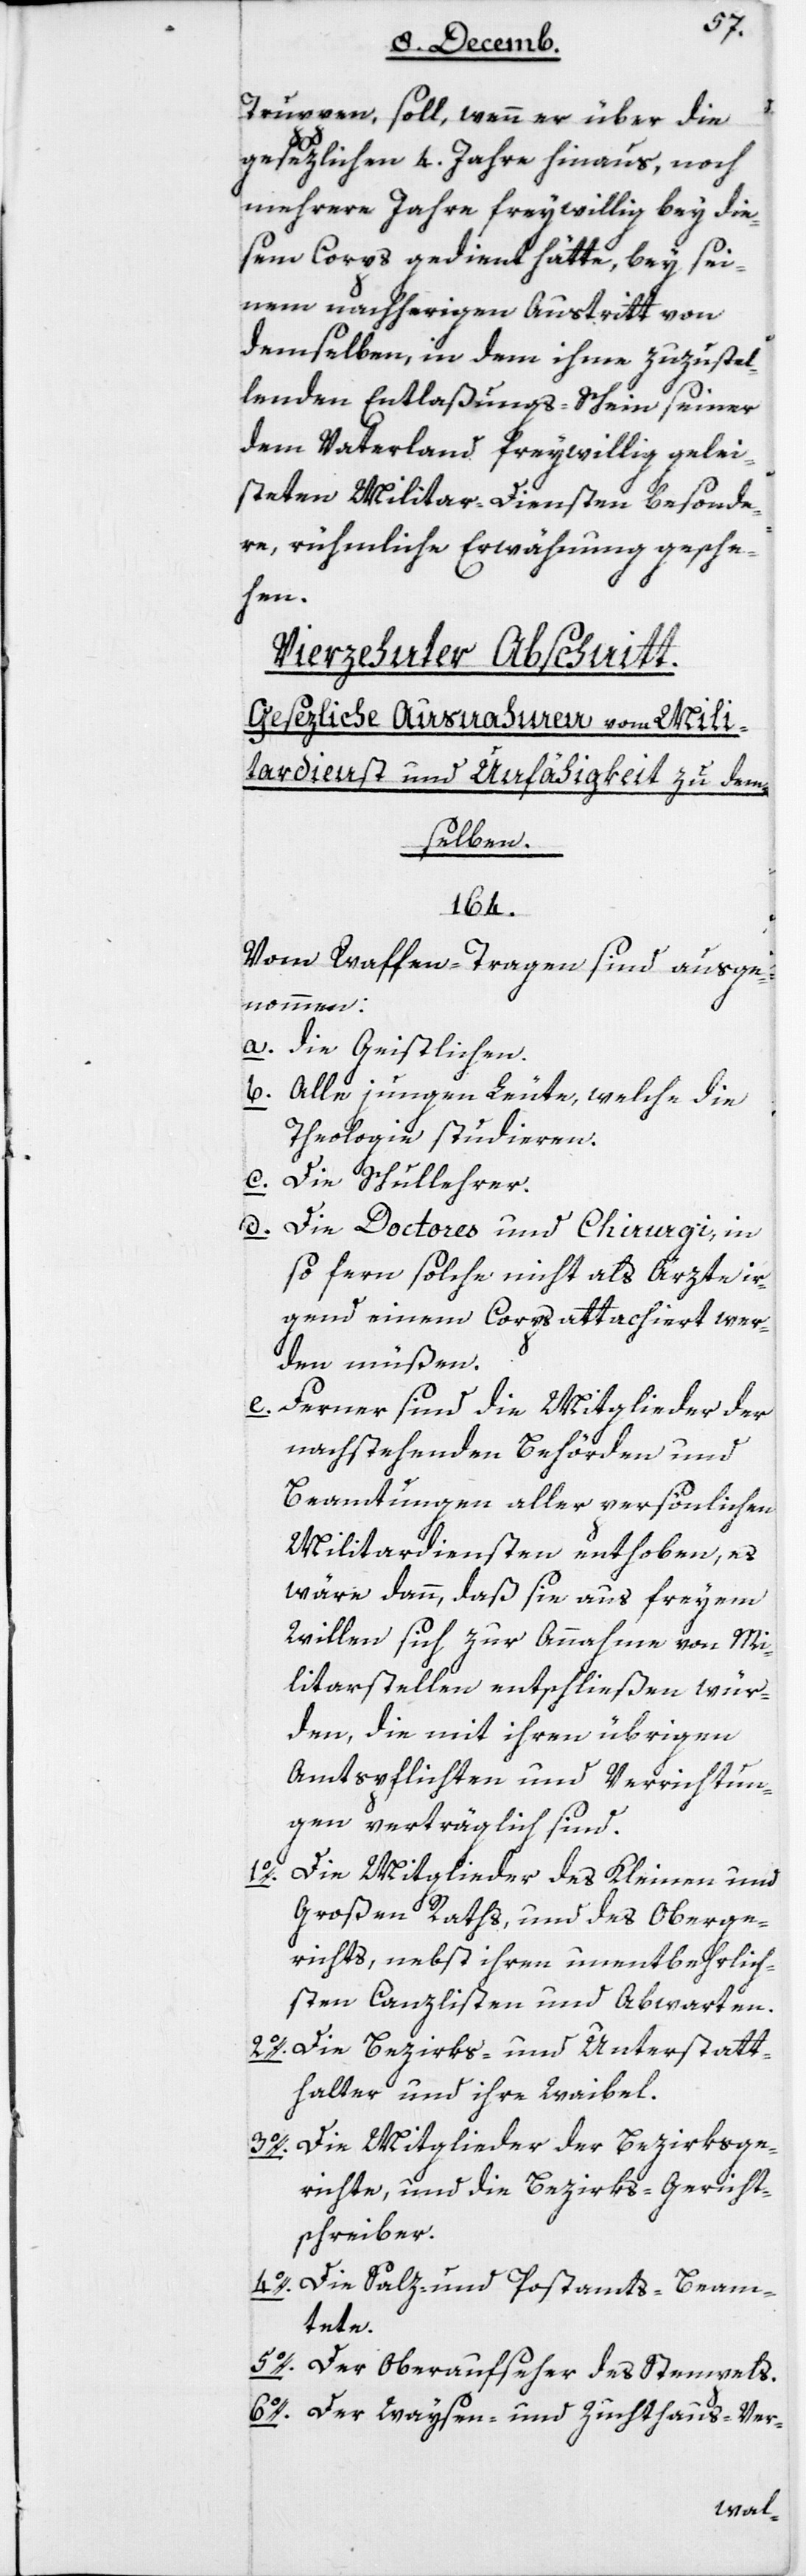
Truppen, soll, wenn er über die
gesetzlichen 4 Jahre hinaus, noch
mehrere Jahre freywillig bey die¬
sem Corps gedient hätte, bey sei¬
nem nachherigen Austritt von
demselben, in dem ihme zuzustel¬
lenden Entlaßungs-Schein seiner
dem Vaterland freywillig gelei¬
steten Miltitair-Diensten besonde¬
re rühmliche Erwähnung gesche¬
hen.
Vierzehnter Abschnitt:
Gesezliche Ausnahmen vom Mili¬
tardienst und Unfähigkeit zu dem¬
selben.
164.
Vom Waffentragen sind ausge¬
nommen:
a. Die Geistlichen.
b. Alle jungen Leute, welche die
Theologie studieren.
c. Die Schullehrer.
d. Die Doctores und Chirurgi, in
so fern solche nicht als Ärzte ir¬
gend einem Corps attachiert wer¬
den müßen.
e. Ferner sind die Mitglieder der
nachstehenden Behörden und
Beamtungen aller persönlichen
Militardiensten enthoben, es
wäre denn, daß sie aus freyem
Willen sich zur Annahme von Mi¬
litarstellen entschließen wür¬
den, die mit ihren übrigen
Amtspflichten und Verrichtun¬
gen verträglich sind.
1.
Die Mitglieder des Kleinen und
Großen Raths, und des Oberge¬
richts, nebst ihren unentbehrlich¬
en Canzlisten und Abwarten.
2. Die Bezirks- und Unterstatt¬
halter und ihre Waibel.
3. Die Mitglieder der Bezirksge¬
richte und die Bezirks-Gerichts¬
schreiber.
4. Die Salz- und Postamts-Beam¬
tete.
5. Der Oberaufseher des Stempels.
6. Der Waysen- und Zuchthaus-Ver-